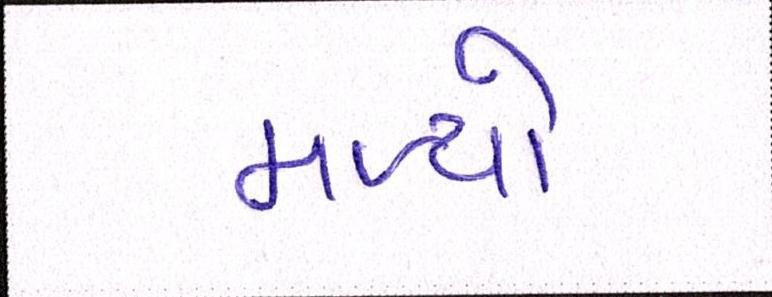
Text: મળ્યો